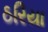
ઠરિયા